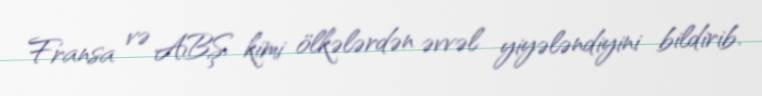
Fransa və ABŞ kimi ölkələrdən əvvəl yiyələndiyini bildirib.